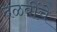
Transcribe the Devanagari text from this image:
दळवींचे